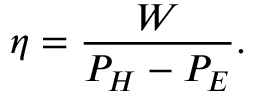
\eta = \frac { W } { P _ { H } - P _ { E } } .